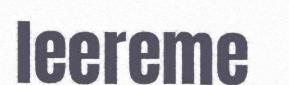
leereme